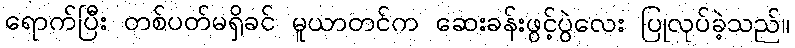
ရောက်ပြီး တစ်ပတ်မရှိခင် မူယာတင်က ဆေးခန်းဖွင့်ပွဲလေး ပြုလုပ်ခဲ့သည်။